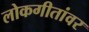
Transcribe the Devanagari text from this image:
लोकगीतांवर